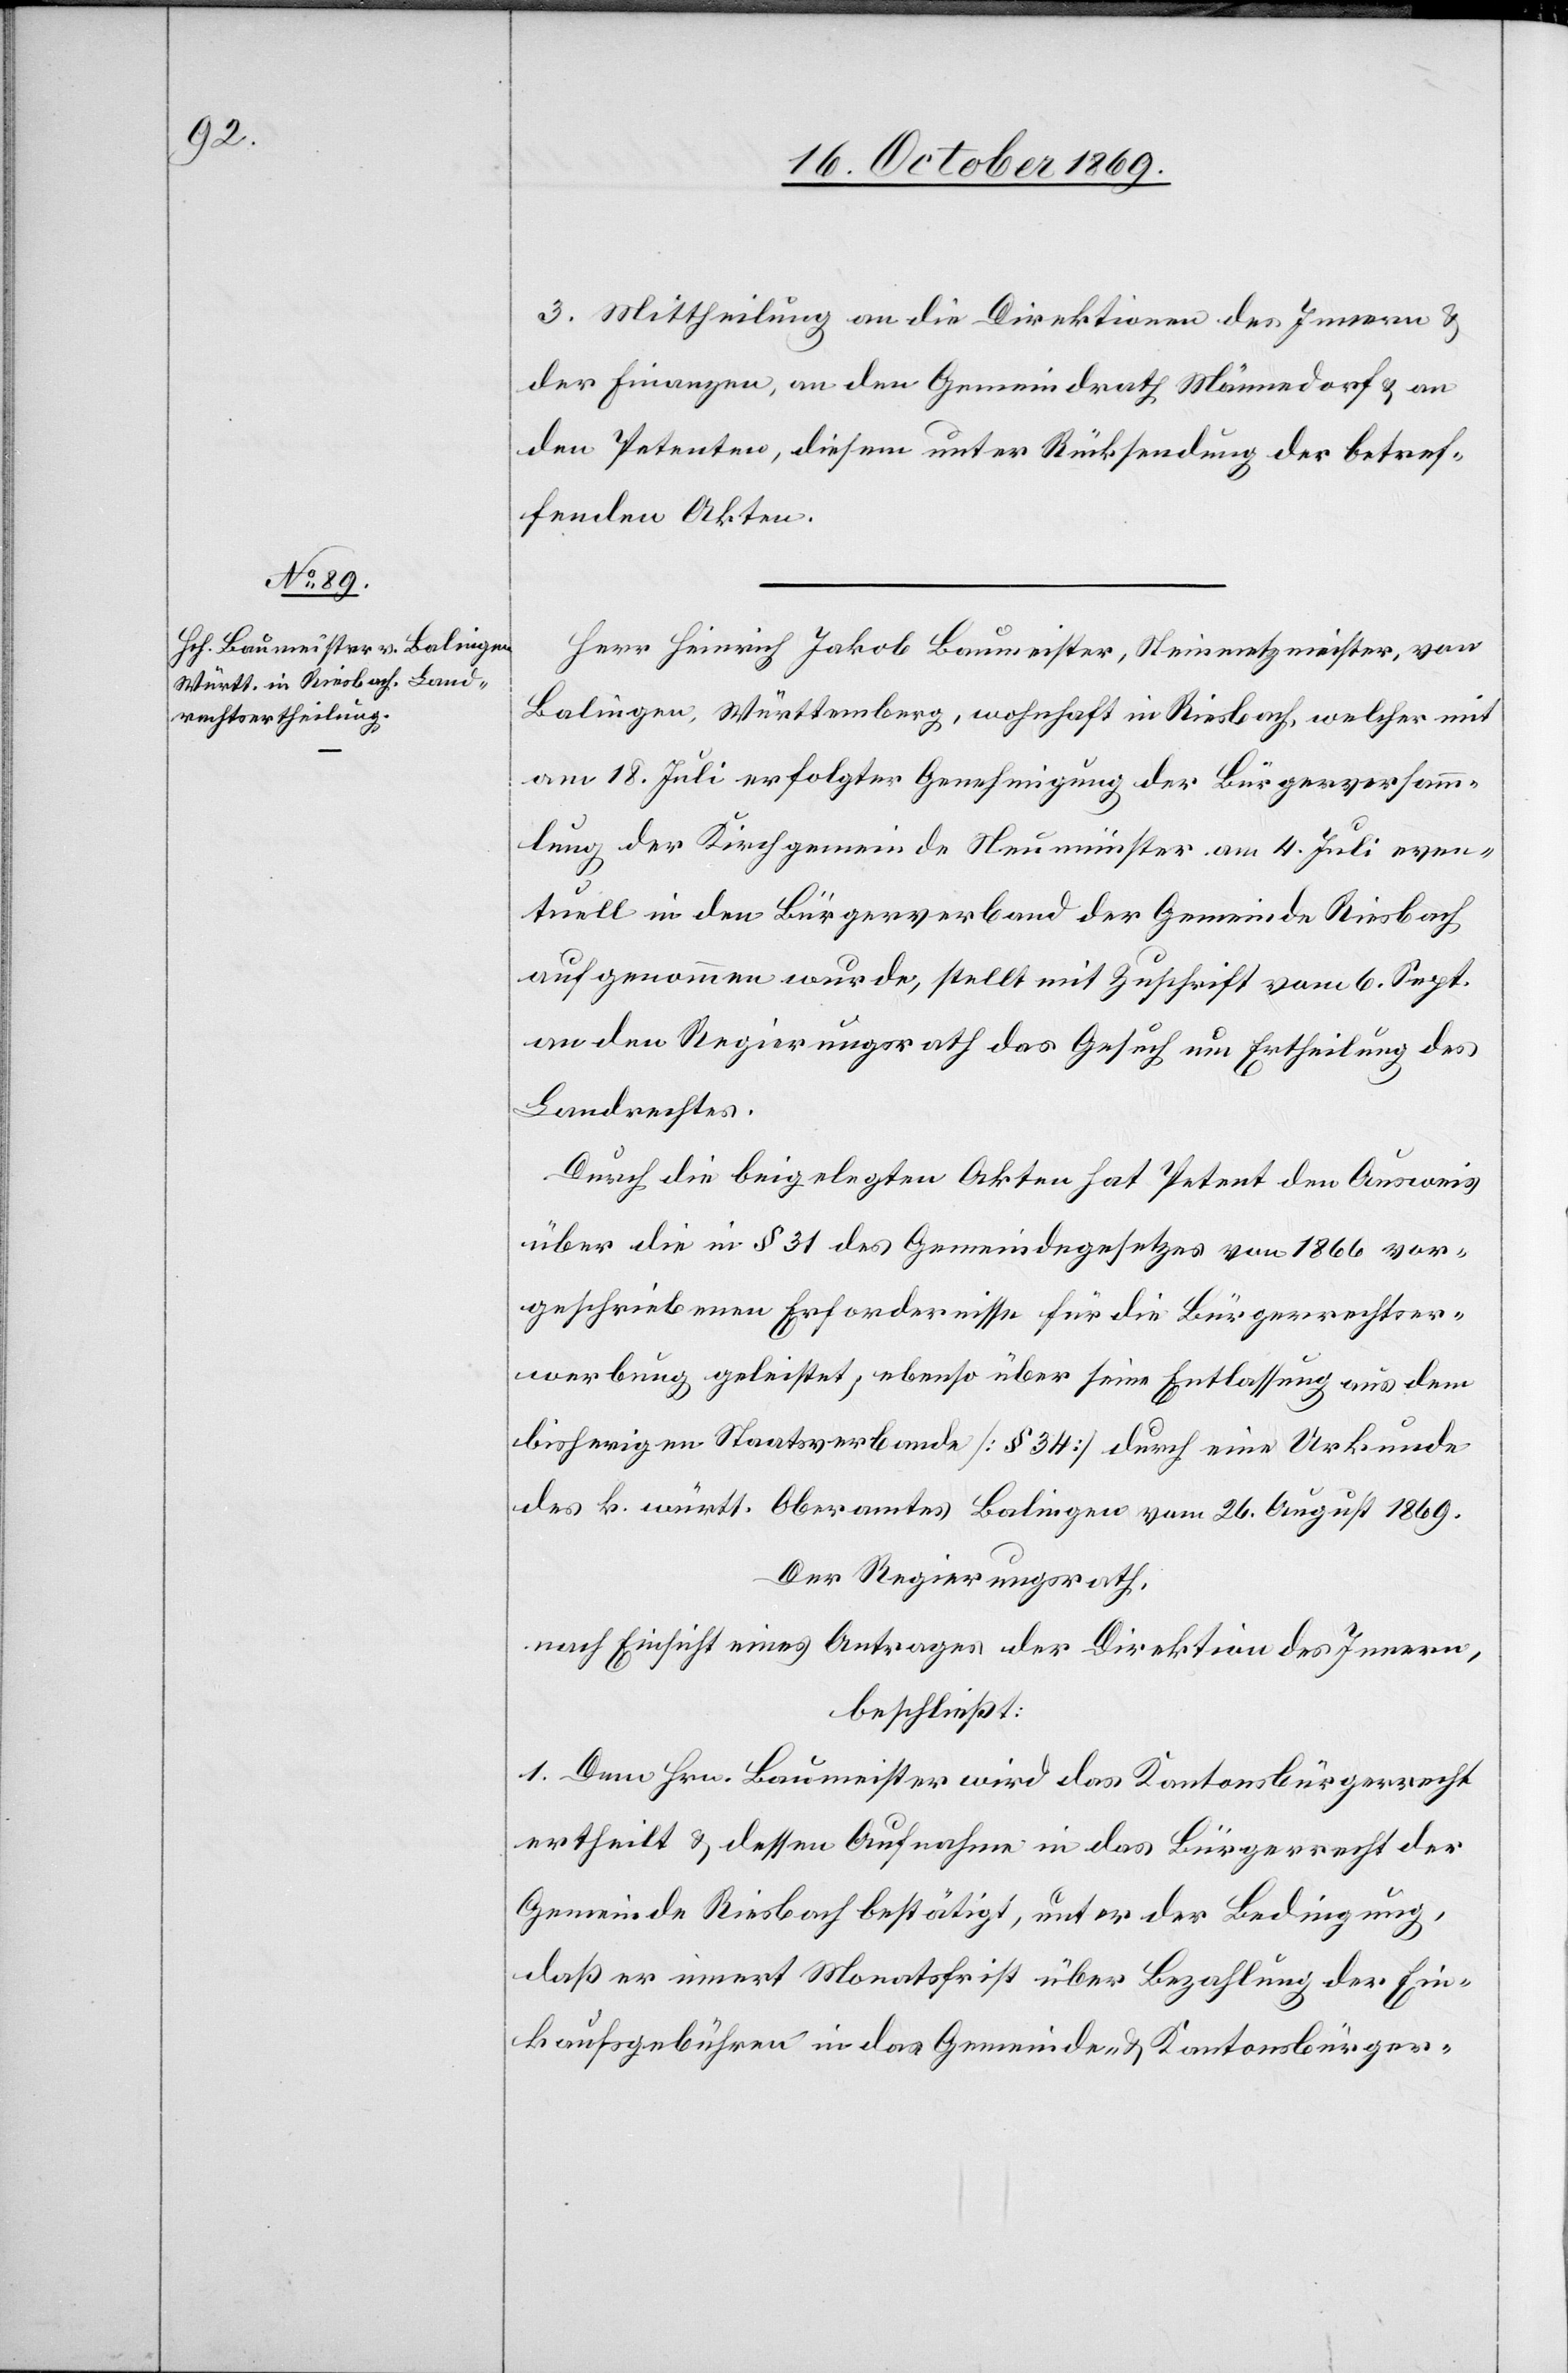
3. Mittheilung an die Direktionen des Innern &
der Finanzen, an den Gemeindrath Männedorf & an
den Petenten, diesem unter Rücksendung der betref¬
fenden Akten.
Herr Heinrich Jakob Baumeister, Steinmetzmeister, von
Balingen, Württemberg, wohnhaft in Riesbach, welcher mit
am 18. Juli erfolgter Genehmigung der Bürgerversamm¬
lung der Kirchgemeinde Neumünster am 4. Juli even¬
tuell in den Bürgerverband der Gemeinde Riesbach
aufgenommen wurde, stellt mit Zuschrift vom 6. Sept.
an den Regierungsrath das Gesuch um Ertheilung des
Landrechtes.
Durch die beigelegten Akten hat Petent den Ausweis
über die in § 31 des Gemeindegesetzes von 1866 vor¬
geschriebenen Erfordernisse für die Bürgerrechtser¬
werbung geleistet, ebenso über seine Entlassung aus dem
bisherigen Staatsverbande [§ 34] durch eine Urkunde
des k. württ. Oberamtes Balingen vom 26. August 1869.
Der Regierungsrath,
nach Einsicht eines Antrages der Direktion des Innern,
beschließt:
1. Dem Hrn. Baumeister wird das Kantonsbürgerrecht
ertheilt & dessen Aufnahme in das Bürgerrecht der
Gemeinde Riesbach bestätigt, unter der Bedingung,
daß er innert Monatsfrist über Bezahlung der Ein¬
kaufsgebühren in das Gemeinde- & Kantonsbürger-